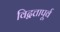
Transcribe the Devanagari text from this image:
विद्वत्तापूर्व